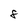
Character: 8